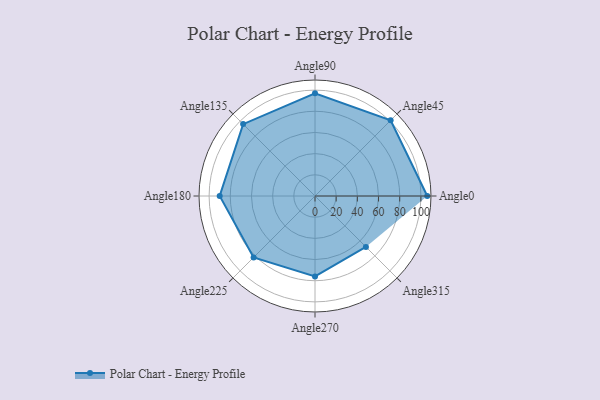
{"axis": {"x": "Angle", "y": "Radius"}, "legend": [""], "data": [{"x": "Angle0", "y": 106.0, "type": ""}, {"x": "Angle45", "y": 101.0, "type": ""}, {"x": "Angle90", "y": 97.0, "type": ""}, {"x": "Angle135", "y": 96.0, "type": ""}, {"x": "Angle180", "y": 90.0, "type": ""}, {"x": "Angle225", "y": 82.0, "type": ""}, {"x": "Angle270", "y": 76.0, "type": ""}, {"x": "Angle315", "y": 68.0, "type": ""}]}